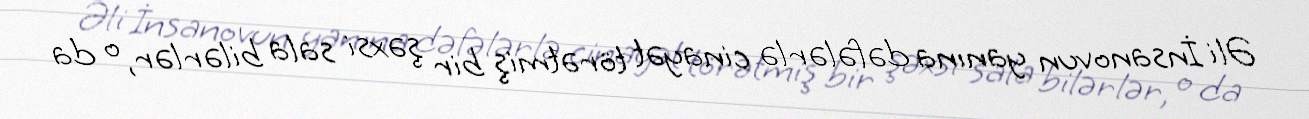
Əli İnsanovun yanına dəfələrlə cinayət törətmiş bir şəxsi sala bilərlər, o da